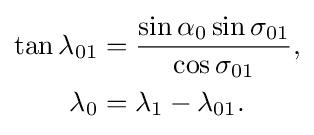
{\begin{aligned}\tan \lambda _{01}&={\frac {\sin \alpha _{0}\sin \sigma _{01}}{\cos \sigma _{01}}},\\\lambda _{0}&=\lambda _{1}-\lambda _{01}.\end{aligned}}